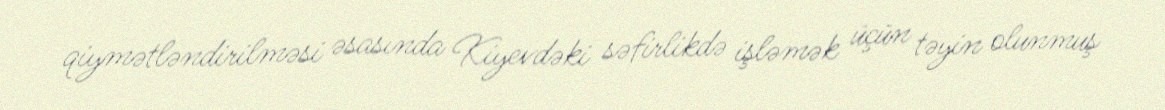
qiymətləndirilməsi əsasında Kiyevdəki səfirlikdə işləmək üçün təyin olunmuş